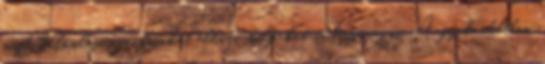
majd különleges funkciókat ellátó talpakat is beszerezni. A gyakorlatban